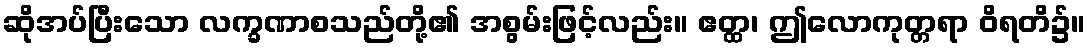
ဆိုအပ်ပြီးသော လက္ခဏာစသည်တို့၏ အစွမ်းဖြင့်လည်း။ ဧတ္ထ၊ ဤလောကုတ္တရာ ဝိရတိ၌။